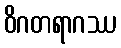
ဝိဂတရာဂဿ